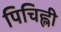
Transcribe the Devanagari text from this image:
पिचिह्ली